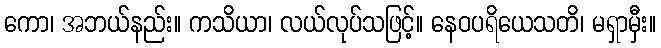
ကော၊ အဘယ်နည်း။ ကသိယာ၊ လယ်လုပ်သဖြင့်။ နေဝပရိယေသတိ၊ မရှာမှီး။